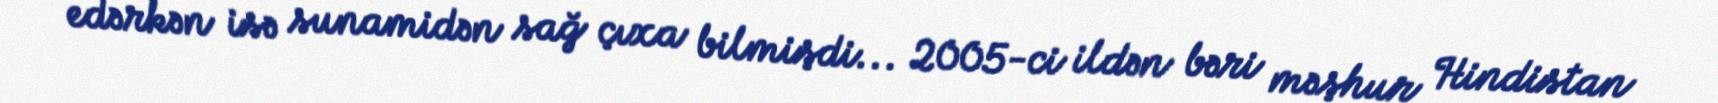
edərkən isə sunamidən sağ çıxa bilmişdi... 2005-ci ildən bəri məşhur Hindistan